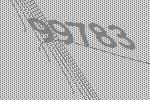
99783